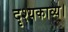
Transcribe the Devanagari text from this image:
दृश्यकाव्य।